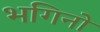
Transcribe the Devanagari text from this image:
भगिनो